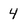
Character: 4